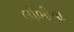
લોભીયા